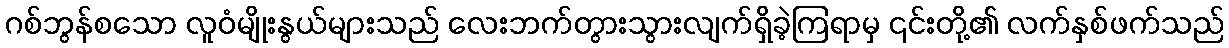
ဂစ်ဘွန်စသော လူဝံမျိုးနွယ်များသည် လေးဘက်တွားသွားလျက်ရှိခဲ့ကြရာမှ ၎င်းတို့၏ လက်နှစ်ဖက်သည်